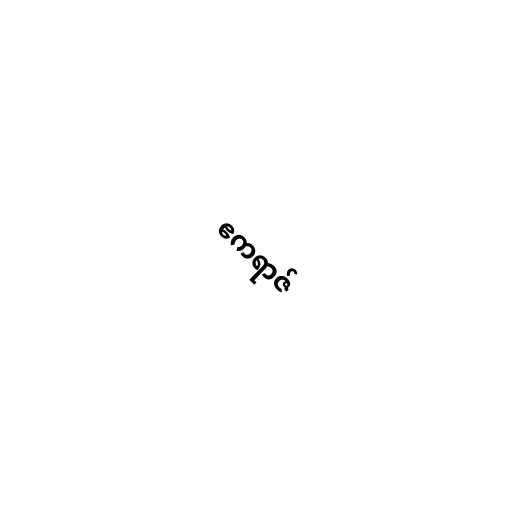
ဧကရာဇ်